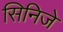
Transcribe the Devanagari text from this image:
सिनिजे